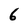
Character: 6